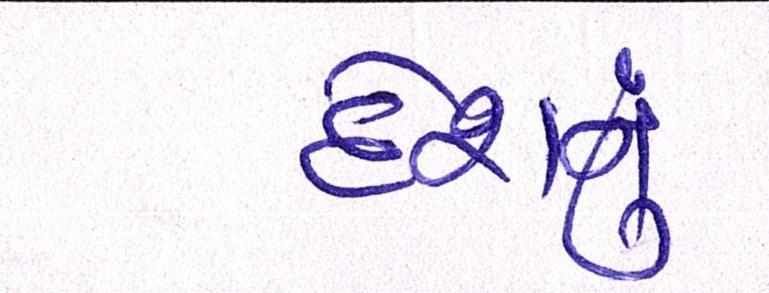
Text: દેશનું